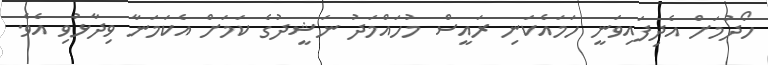
ހޯދުމަށް އެދިފައިވަނީ ހަމައެކަނި ރައީސް މުހައްމަދު ނަޝީދުގެ ކަމަށް އެކަމަނާ ވިދާޅުވި އެވެ.